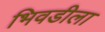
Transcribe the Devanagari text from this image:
भिवडीला